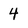
Character: 4